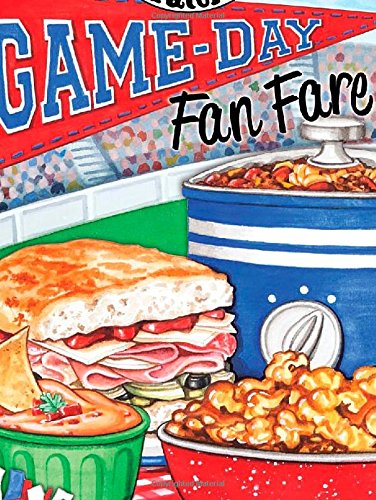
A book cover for Game-Day Fan Fare: Over 240 recipes, plus tips and inspiration to make sure your game-day celebration is a home run! (Everyday Cookbook Collection); Gooseberry Patch; Cookbooks, Food & Wine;